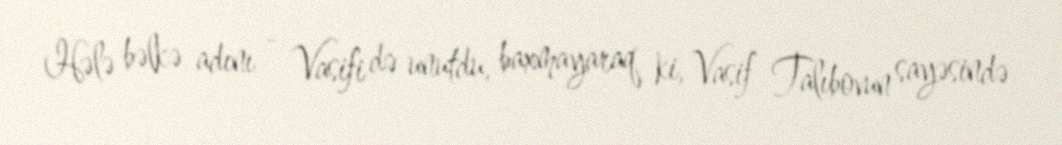
Hələ bəlkə adını - Vasifi də unutdu, baxmayaraq ki, Vasif Talıbovun sayəsində